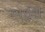
બઈરી